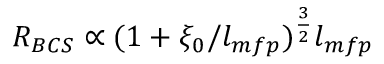
R _ { B C S } \propto ( 1 + \xi _ { 0 } / l _ { m f p } ) ^ { \frac { 3 } { 2 } } l _ { m f p }